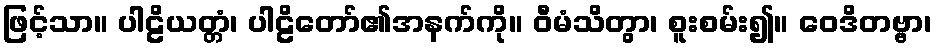
ဖြင့်သာ။ ပါဠိယတ္တံ၊ ပါဠိတော်၏အနက်ကို။ ဝီမံသိတွာ၊ စူးစမ်း၍။ ဝေဒိတဗ္ဗာ၊